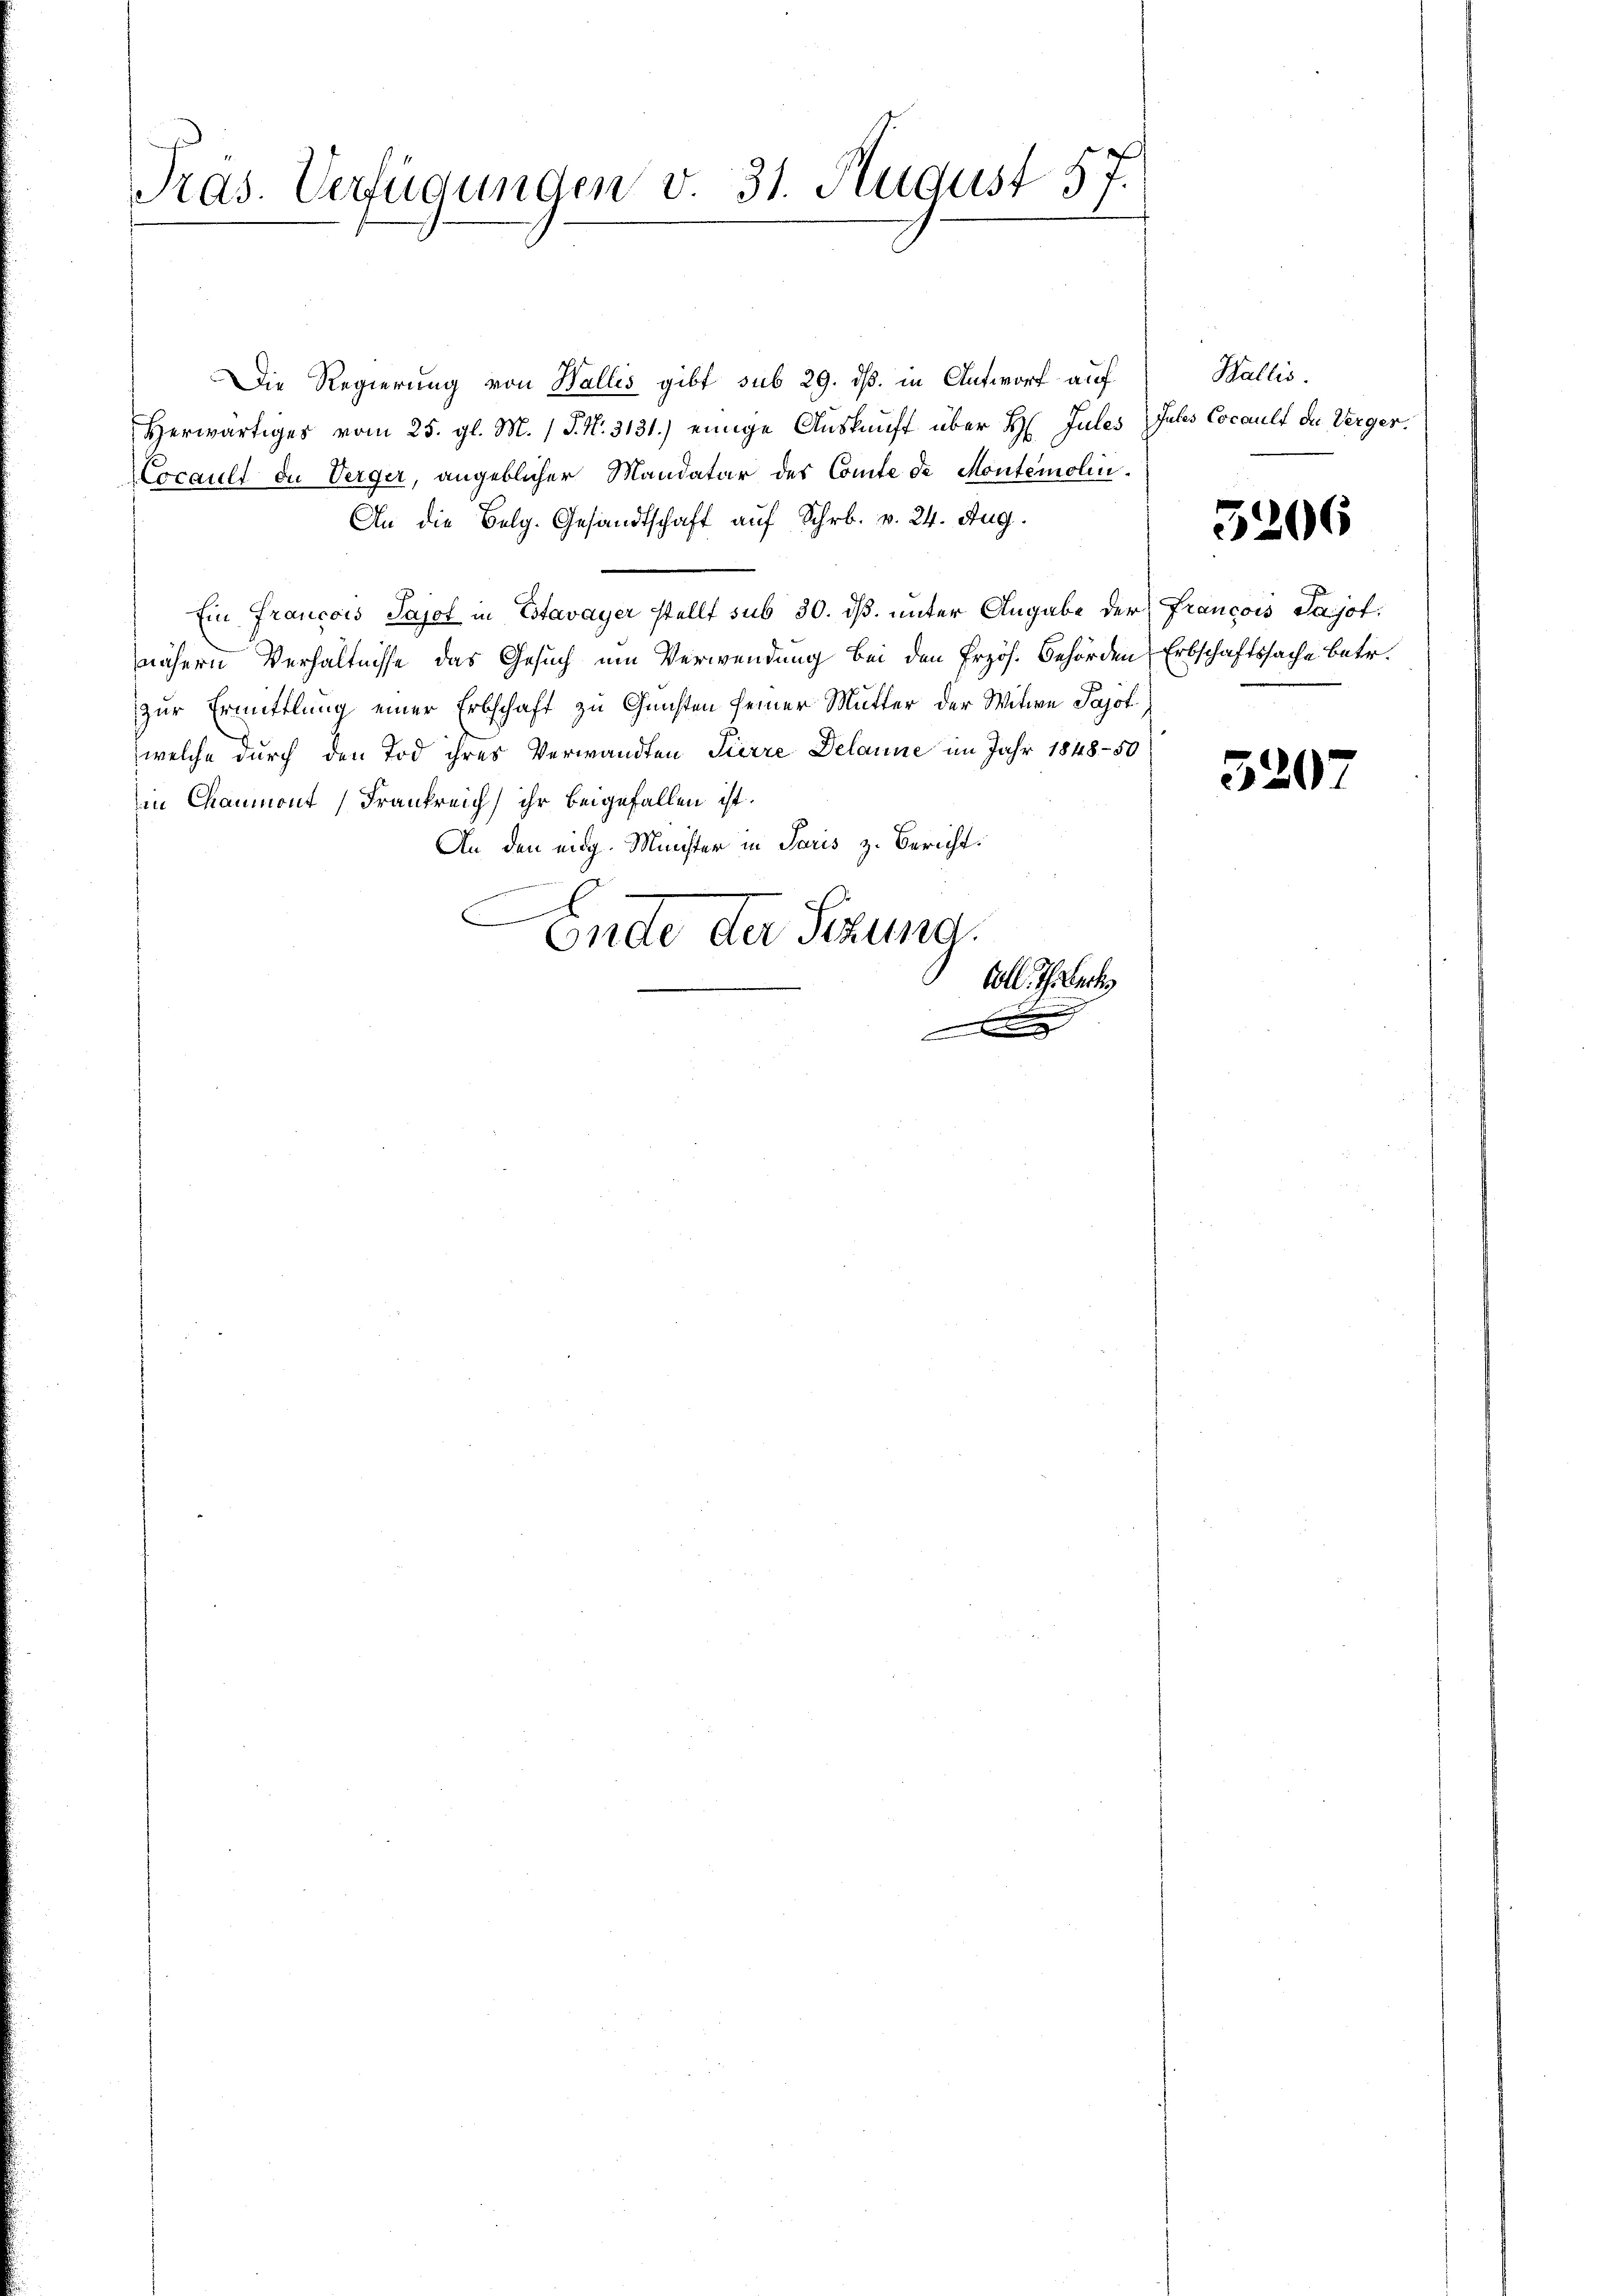
Pras. Verfügungen v. 31. August 57.

Die Regierung von Wallis gibt sub 29. ds. in Antworf auf
Herwärtiges vom 25. gl. M. (T. N. 3131.) einige Auskunft über H. Jules Gutes Cocault de Verger¬
Cocault de Verger, angeblicher Mandatar des Comte de Montemolin¬
An die Belg. Gesandtschaft auf Schr. v. 24. Aug.
Ein Francois Sajet in Estavayer stellt sub 30. dß. unter Angabe der Francois Sajot.
nähern Verhältnisse das Gesuch um Verwendung bei den Erzös. Behörden Erbschaftssache betr.
zur Ermittlung einer Erbschaft zu Gunsten seiner Mutter der Witwe Pajol
welche durch den Tod ihres Verwandten Tierre Delaune im Jahr 1848-50
in Chaumont Frankreich ihr beigefallen ist.
An den eidg. Münster in Paris z. Bericht.

E
Ende der Sitzung.
Coll. Th. Cart

Wallis.

5206

5207